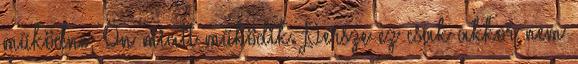
működne, Ön miatt működik. Persze ez csak akkor nem